Annual report on the health of the army in India
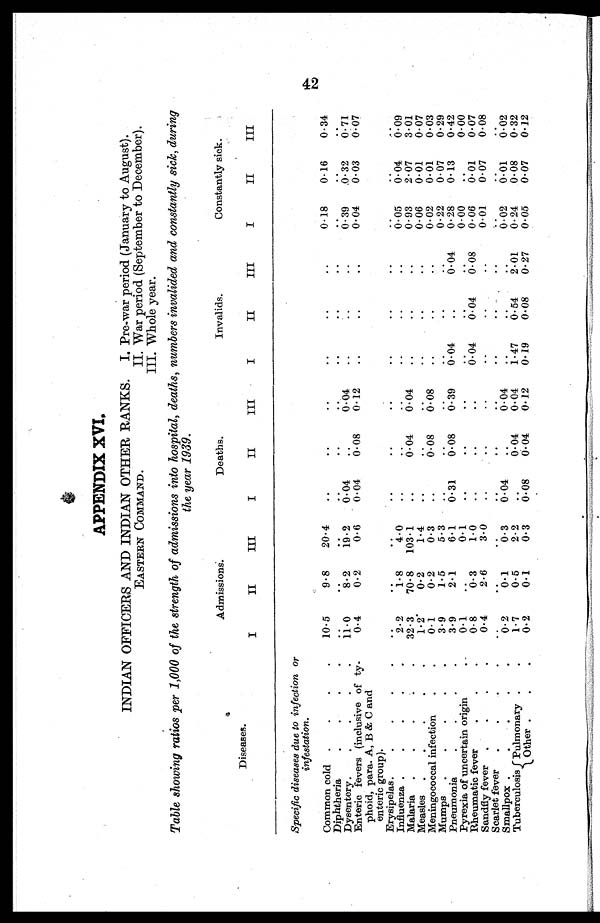
APPENDIX XVI.
INDIAN OFFICERS AND INDIAN OTHER RANKS.
EASTERN COMMAND.
I. Pre-war period (January to August).
II. War period (September to December).
III. Whole year.
Table showing ratios per 1,000 of the strength of admissions into hospital, deaths, numbers invalided and constantly sick, during
the year 1939.
Diseases.
Admissions.
Deaths.
Invalids.
Constantly sick.
I
II
III
I
II
III
I
II
III
I
II
III
Specific diseases due to infection or
infestation.
Common cold .
.
.
.
10.5
9.8
20.4
..
..
..
..
..
..
0.18
0.16
0.34
Diphtheria
.
.
.
..
..
..
..
. .
..
..
..
..
..
..
. .
Dysentery.
.
.
.
.
11.0
8 . 2
1 9 . 2
0.04
. .
0.04
. .
. .
..
0.39
0.32
0.71
Enteric fevers (inclusive of ty
¬phoid, para. A, B & C and
enteric group).
0.4
0.2
0.6
0.04
0.08
0.12
..
..
..
0.04
0.03
0.07
Erysipelas .
.
.
.
.
..
. .
..
..
..
..
..
. .
..
..
..
..
Influenza .
.
.
.
.
2 . 2
1.8
4.0
..
. .
. .
. .
. .
. .
0.05
0.04
0. 09
Malaria
.
.
.
.
.
32.3
70.8
103.1
..
0 . 0 4 0.04
. .
..
..
0.93
2.07
3.01
Measles .
.
.
.
.
1.2
0.2
1.4
. .
. .
. .
. .
..
. .
0.06
0.01
0.07
Meningococcal infection
.
.
0.1
0.2
0.3
..
0.08
0.08
..
. .
. .
0.02
0.01
0.03
Mumps
.
.
.
.
.
3.9
1.5
5.3
. .
. .
. .
. .
..
. .
0.22
0.07
0.29
Pneumonia
.
.
.
.
3.9
2.1
6.1
0.31
0.08
0.39
0.04
..
0.04
0.28
0.13
0.42
Pyrexia of uncertain origin
0.1
..
0.1
..
. .
..
..
..
..
0.00 ..
0.00
Rheumatic fever
.
.
.
0.8
0.3
1.0
..
..
..
0.04
0.04
0.08
0.06
0.01
0.07
Sandfly fever
.
.
.
0.4
2.6
3.0
..
. .
..
..
..
..
0.01
0.07
0.08
Scarlet fever
.
.
.
..
..
..
..
..
..
..
..
..
..
..
. .
Smallpox .
.
.
.
.
0.2
0.1
0.3
0.0
. .
0.04
..
..
..
0.02
0.01
0.02
Tuberculosis Pulmonary .
.
1.7
0.5
2.2
..
0 . 0 4
0.04
1 .47
0.54
2.01
0.24
0.08
0.32
Other .
.
.
0.2
0.1
0.3
0.08
0.04
0.12
0.19
0.08
0.27
0.05
0.07
0.12
42